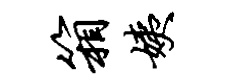
箱姨